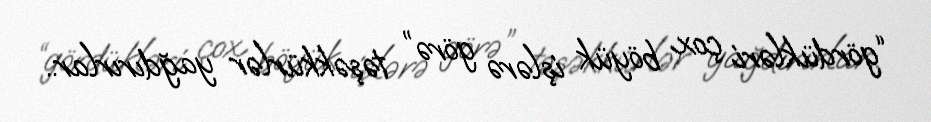
“gördükləri çox böyük işlərə görə” təşəkkürlər yağdırırlar..